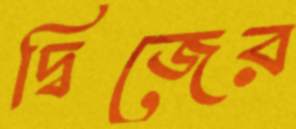
দ্বিজের